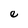
Character: e